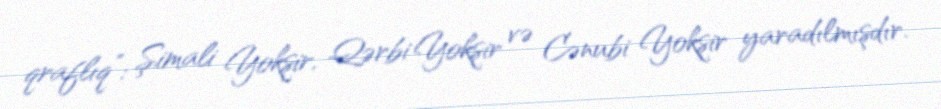
qraflıq”: Şimali Yokşir, Qərbi Yokşir və Cənubi Yokşir yaradılmışdır.